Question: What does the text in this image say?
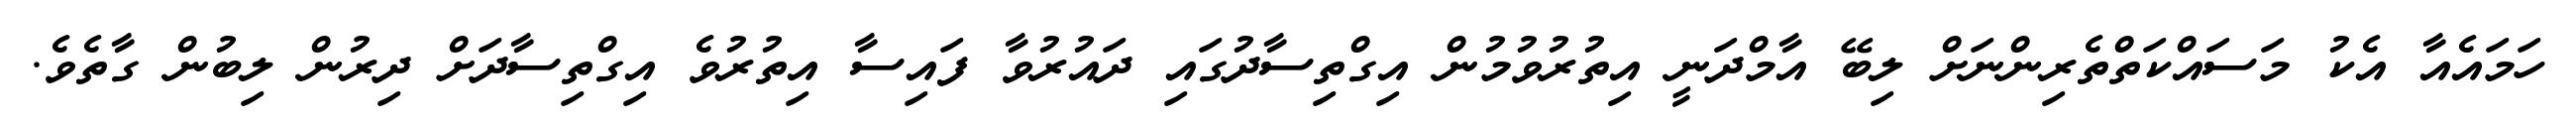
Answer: ހަމައެއާ އެކު މަސައްކަތްތެރިންނަށް ލިބޭ އާމްދަނީ އިތުރުވުމުން އިގްތިސާދުގައި ދައުރުވާ ފައިސާ އިތުރުވެ އިގްތިސާދަށް ދިރުން ލިބުން ގާތެވެ.